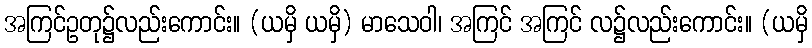
အကြင်ဥတု၌လည်းကောင်း။ (ယမှိ ယမှိ) မာသေဝါ၊ အကြင် အကြင် လ၌လည်းကောင်း။ (ယမှိ